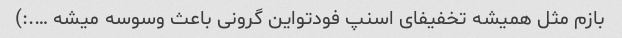
بازم مثل همیشه تخفیفای اسنپ فودتواین گرونی باعث وسوسه میشه ….:)